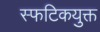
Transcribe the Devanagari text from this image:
स्फटिकयुक्त